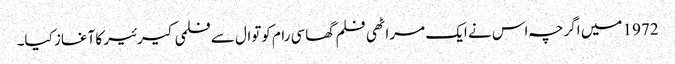
1972 میں اگرچہ اس نے ایک مراٹھی فلم گھاسی رام کوتوال سے فلمی کیرئیر کا آغاز کیا۔